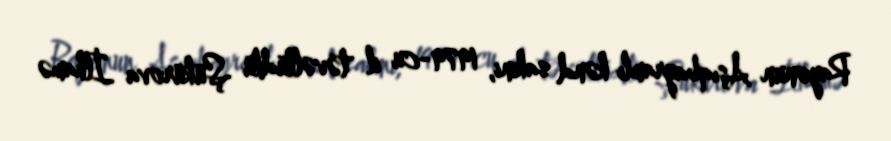
Rayonun Aşıqbayramlı kənd sakini, 1979-cu il təvəllüdlü Şükürova İlhamə